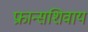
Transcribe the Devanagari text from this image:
फ्रान्सशिवाय